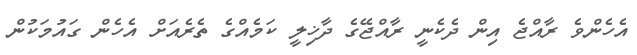
އެހެންވެ ރާއްޖެ އިން ދެކެނީ ރާއްޖޭގެ ދާޚިލީ ކަމެއްގެ ތެރެއަށް އެހެން ގައުމަކުން